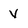
Character: v